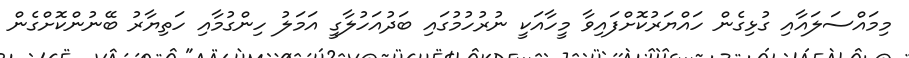
މިމައްސަލައާއި ގުޅިގެން ހައްޔަރުކޮށްފައިވާ މީހާއަކީ ނުރުހުމުގައި ބަދުއަހުލާގީ އަމަލު ހިންގުމާއި ހަތިޔާރު ބޭނުންކޮށްގެން